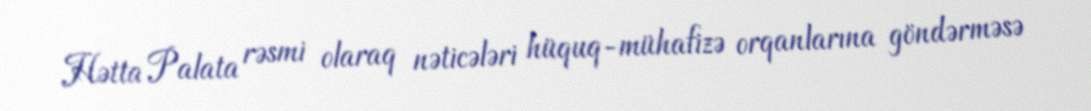
Hətta Palata rəsmi olaraq nəticələri hüquq-mühafizə orqanlarına göndərməsə